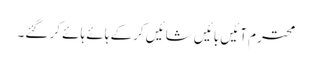
محترم آئیں بائیں شائیں کرکے ہائے ہائے کر گئے۔